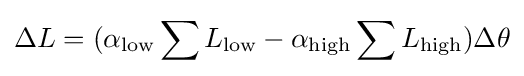
\Delta L=(\alpha _{\text{low}}\sum L_{\text{low}}-\alpha _{\text{high}}\sum L_{\text{high}})\Delta \theta